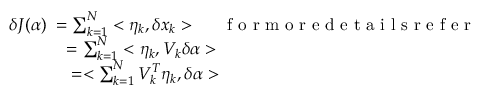
\begin{array} { l } { \delta J ( \alpha ) \; = \sum _ { k = 1 } ^ { N } < \eta _ { k } , \delta x _ { k } > \; \; \; \mathrm { ~ \; ~ f ~ o ~ r ~ m ~ o ~ r ~ e ~ d ~ e ~ t ~ a ~ i ~ l ~ s ~ r ~ e ~ f ~ e ~ r ~ } } \\ { \; \; \; \; \; \; \; \; \; \; \; \; = \sum _ { k = 1 } ^ { N } < \eta _ { k } , V _ { k } \delta \alpha > } \\ { \; \; \; \; \; \; \; \; \; \; \; \; \; = < \sum _ { k = 1 } ^ { N } V _ { k } ^ { T } \eta _ { k } , \delta \alpha > } \end{array}